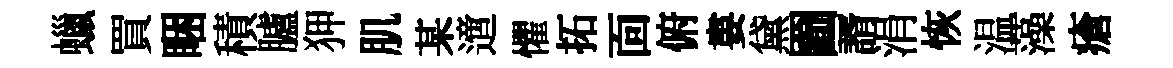
蠟買睏積臚狎肌某𨗁懼拓靣俯婁黛圗諝涓恢温藻瘡